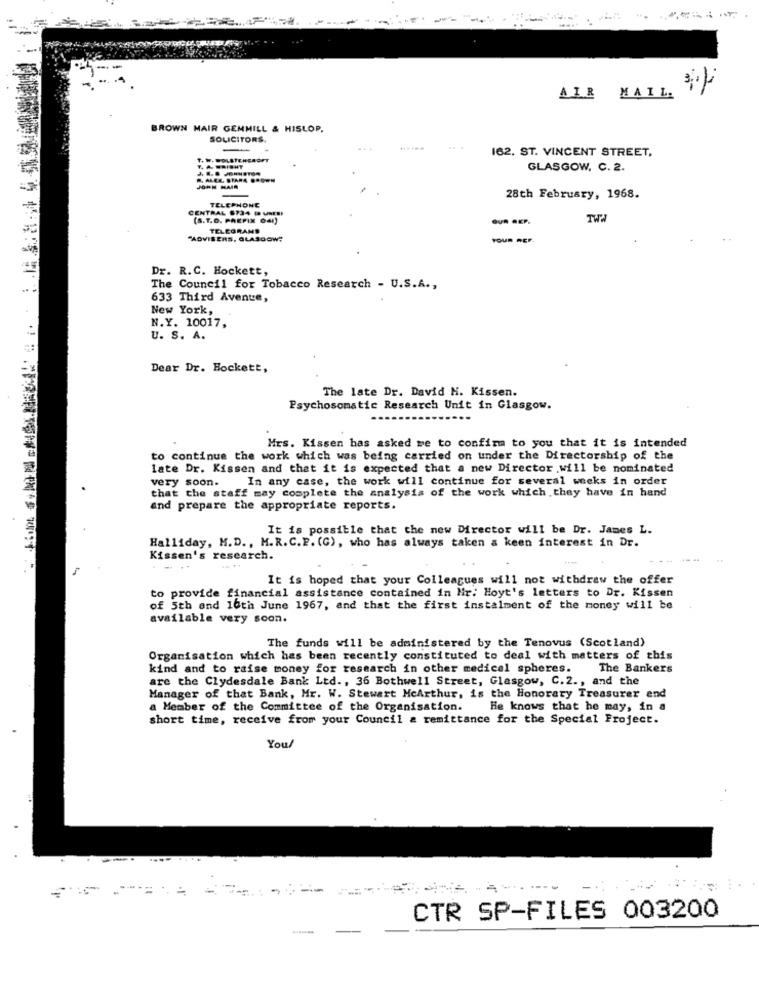
AIR MAIL.
BROWN MAIR GEMMILL & HISLOP.
SOLICITORS.
-
162. ST. VINCENT STREET,
T. W. WOLSTENCROFT
T. A. WRIGHT
GLASGOW, C. 2.
JOHN MAIR
TELEPHONE
28th February, 1968.
CENTRAL 8734 - UNEBI
(S.T.O. PREFIX 041)
TELEGRAND
"ADVISERS, GLASGOW?
YOUR REF.
Dr. R.C. Hockett,
The Council for Tobacco Research - U.S.A .,
633 Third Avenue,
New York,
N.Y. 10017,
U. S. A.
=:
Dear Dr. Hockett,
The late Dr. David H. Kissen.
Psychosomatic Research Unit in Glasgow.
Mrs. Kissen has asked me to confirm to you that it is intended
to continue the work which was being carried on under the Directorship of the
late Dr. Kissen and that it is expected that a new Director will be nominated
very soon. In any case, the work will continue for several weeks in order
that the staff may complete the analysis of the work which they have in hand
and prepare the appropriate reports.
It is possible that the new Director will be Dr. James L.
Halliday, M.D ., M.R. C.P. (G), who has always taken & keen interest in Dr.
Kissen's research.
It is hoped that your Colleagues will not withdraw the offer
to provide financial assistance contained in Nr: Hoyt's letters to Dr. Kissen
of 5th and 10th June 1967, and that the first instalment of the money will be
available very soon.
The funds will be administered by the Tenovus (Scotland)
Organisation which has been recently constituted to deal with matters of this
kind and to raise money for research in other medical spheres. The Bankers
are the Clydesdale Bank Ltd ., 36 Bothwell Street, Glasgow, C.2 ., and the
Manager of that Bank, Mr. W. Stewart McArthur, is the Honorary Treasurer end
a Member of the Committee of the Organisation.
He knows that he may, in a
short time, receive from your Council & remittance for the Special Project.
You/
CTR SP-FILES 003200